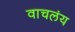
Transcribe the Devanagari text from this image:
वाचलंय